Report on vaccination in the Province of Bengal - 1869-1873
Year: 1869
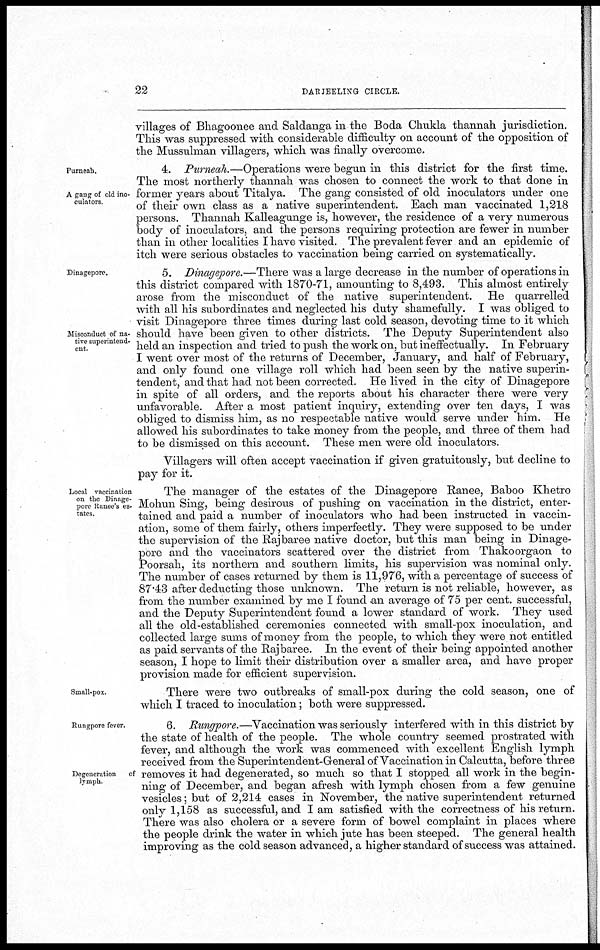
22
DARJEELING CIRCLE.
villages of Bhagoonee and Saldanga in the Boda Chukla thannah jurisdiction.
This was suppressed with considerable difficulty on account of the opposition of
the Mussulman villagers, which was finally overcome.
Purneab.
A gang of old ino-
culators.
4. Purneah.—Operations were begun in this district for the first time.
The most northerly thannah was chosen to connect the work to that done in
former years about Titalya. The gang consisted of old inoculators under one
of their own class as a native superintendent. Each man vaccinated 1,218
persons. Thannah Kalleagunge is, however, the residence of a very numerous
body of inoculators, and the persons requiring protection are fewer in number
than in other localities I have visited. The prevalent fever and an epidemic of
itch were serious obstacles to vaccination being carried on systematically.
Dinagepore.
Misconduct of na-
tive superintend-
ent.
5. Dinagepore.—There was a large decrease in the number of operations in
this district compared with 1870-71, amounting to 8,493. This almost entirely
arose from the misconduct of the native superintendent. He quarrelled
with all his subordinates and neglected his duty shamefully. I was obliged to
visit Dinagepore three times during last cold season, devoting time to it which
should have been given to other districts. The Deputy Superintendent also
held an inspection and tried to push the work on, but ineffectually. In February
I went over most of the returns of December, January, and half of February,
and only found one village roll which had been seen by the native superin-
tendent, and that had not been corrected. He lived in the city of Dinagepore
in spite of all orders, and the reports about his character there were very
unfavorable. After a most patient inquiry, extending over ten days, I was
obliged to dismiss him, as no respectable native would serve under him. He
allowed his subordinates to take money from the people, and three of them had
to be dismissed on this account. These men were old inoculators.
Villagers will often accept vaccination if given gratuitously, but decline to
pay for it.
Local vaccination
on the Dinage-
pore Ranee's es-
tates.
The manager of the estates of the Dinagepore Ranee, Baboo Khetro
Mohun Sing, being desirous of pushing on vaccination in the district, enter-
tained and paid a number of inoculators who had been instructed in vaccin-
ation, some of them fairly, others imperfectly. They were supposed to be under
the supervision of the Rajbaree native doctor, but this man being in Dinage-
pore and the vaccinators scattered over the district from Thakoorgaon to
Poorsah, its northern and southern limits, his supervision was nominal only.
The number of cases returned by them is 11,976, with a percentage of success of
87.43 after deducting those unknown. The return is not reliable, however, as
from the number examined by me I found an average of 75 per cent. successful,
and the Deputy Superintendent found a lower standard of work. They used
all the old-established ceremonies connected with small-pox inoculation, and
collected large sums of money from the people, to which they were not entitled
as paid servants of the Rajbaree. In the event of their being appointed another
season, I hope to limit their distribution over a smaller area, and have proper
provision made for efficient supervision.
Small-pox.
There were two outbreaks of small-pox during the cold season, one of
which I traced to inoculation; both were suppressed.
Rungpore fever.
Degeneration
of
lymph.
6. Rungpore.—Vaccination was seriously interfered with in this district by
the state of health of the people. The whole country seemed prostrated with
fever, and although the work was commenced with excellent English lymph
received from the Superintendent-General of Vaccination in Calcutta, before three
removes it had degenerated, so much so that I stopped all work in the begin-
ning of December, and began afresh with lymph chosen from a few genuine
vesicles; but of 2,214 cases in November, the native superintendent returned
only 1,158 as successful, and I am satisfied with the correctness of his return.
There was also cholera or a severe form of bowel complaint in places where
the people drink the water in which jute has been steeped. The general health
improving as the cold season advanced, a higher standard of success was attained.